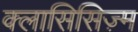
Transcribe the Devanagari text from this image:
क्लासिसिज़्म